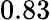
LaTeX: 0.83